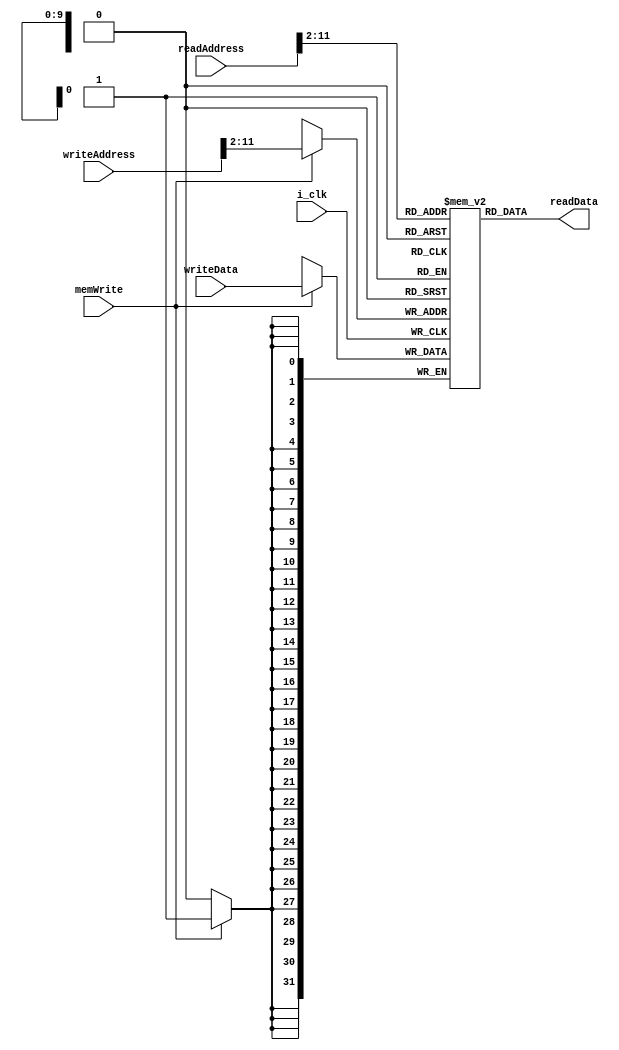
`timescale 1ns / 1ps
//////////////////////////////////////////////////////////////////////////////////
// Company: 
// Engineer: 
// 
// Design Name: 
// Module Name: dataMemory
// Project Name: 
// Target Devices: 
// Tool Versions: 
// Description: 
// 
// Dependencies: 
// 
// Revision:
// Revision 0.01 - File Created
// Additional Comments:
// 
//////////////////////////////////////////////////////////////////////////////////


module dataMemory(
input          i_clk,
input   [31:0] readAddress,
input   [31:0] writeAddress,
input   [31:0] writeData,
output  [31:0] readData,
input          memWrite
);


reg [31:0] mem [1023:0];
assign readData = mem[readAddress[31:2]];


always @(posedge i_clk)
begin
    if(memWrite)
         mem[writeAddress[31:2]] <= writeData;
end


endmodule